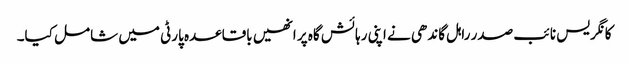
کانگریس نائب صدر راہل گاندھی نے اپنی رہائش گاہ پر انھیں باقاعدہ پارٹی میں شامل کیا۔